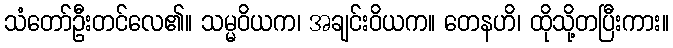
သံတော်ဦးတင်လေ၏။ သမ္မဝိယက၊ အချင်းဝိယက။ တေနဟိ၊ ထိုသို့တပြီးကား။